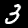
Label: 3